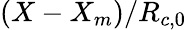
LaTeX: (X-{X_{m}})/{R_{c,0}}